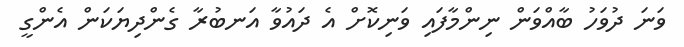
ވަނަ ދުވަހު ބާއްވަން ނިންމާފައި ވަނިކޮށް އެ ދައުވާ އަނބުރާ ގެންދިޔަކަން އެންގީ